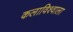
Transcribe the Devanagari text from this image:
कलाविश्वाला